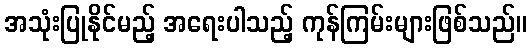
အသုံးပြုနိုင်မည့် အရေးပါသည့် ကုန်ကြမ်းများဖြစ်သည်။